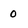
Character: 0